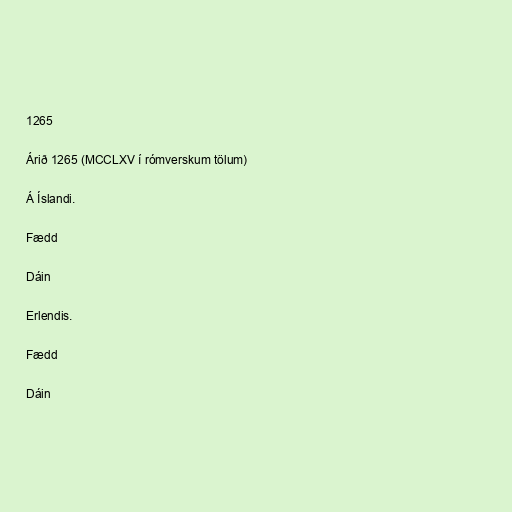
1265

Árið 1265 (MCCLXV í rómverskum tölum)

Á Íslandi.

Fædd

Dáin

Erlendis.

Fædd

Dáin